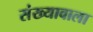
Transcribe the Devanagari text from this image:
संख्यावाला